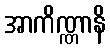
အာကိဏ္ဏာနိ